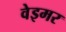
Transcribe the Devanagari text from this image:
वेइमर